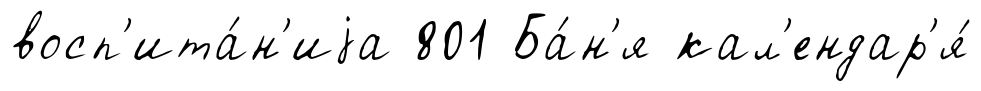
восп'ита́н'иjа 801 Ба́н'я кал'ендар'я́